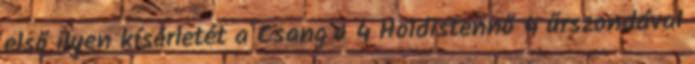
első ilyen kísérletét a Csang'o 4 Holdistennő 4 űrszondával